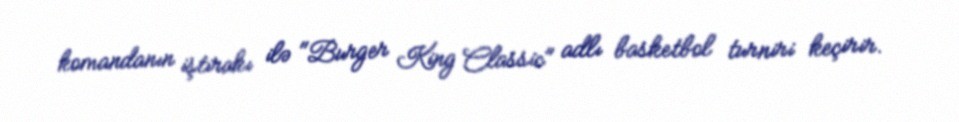
komandanın iştirakı ilə "Burger King Classic" adlı basketbol turniri keçirir.